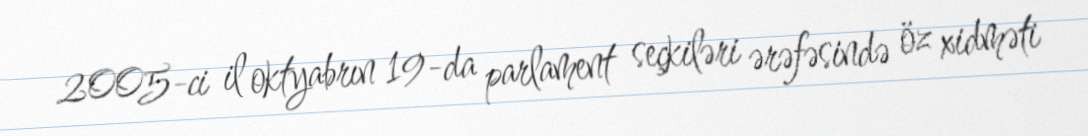
2005-ci il oktyabrın 19-da parlament seçkiləri ərəfəsində öz xidməti